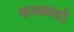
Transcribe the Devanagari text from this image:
कळ्ळलो